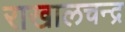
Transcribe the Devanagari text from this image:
राखालचन्द्र